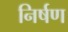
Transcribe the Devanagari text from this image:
निर्षण